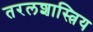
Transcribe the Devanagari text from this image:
तरलशास्त्रिय